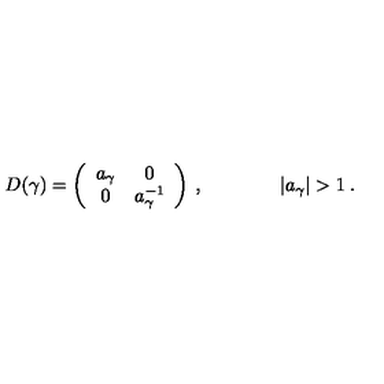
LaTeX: D ( \gamma ) = \left( \begin{array} { c c } { a _ { \gamma } } & { 0 } \\ { 0 } & { a _ { \gamma } ^ { - 1 } } \\ \end{array} \right) \: , \qquad \qquad | a _ { \gamma } | > 1 \: .